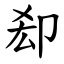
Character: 㕁